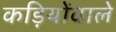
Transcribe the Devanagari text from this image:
कड़ियोंवाले